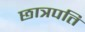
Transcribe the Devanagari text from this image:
छात्रपति